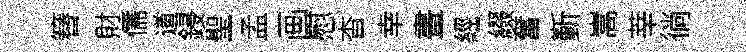
簮財儒道鋟聖孟画慰杳幸晝經綴奮斳嵩莘徜